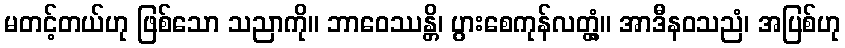
မတင့်တယ်ဟု ဖြစ်သော သညာကို။ ဘာဝေဿန္တိ၊ ပွားစေကုန်လတ္တံ့။ အာဒီနဝသညံ၊ အပြစ်ဟု